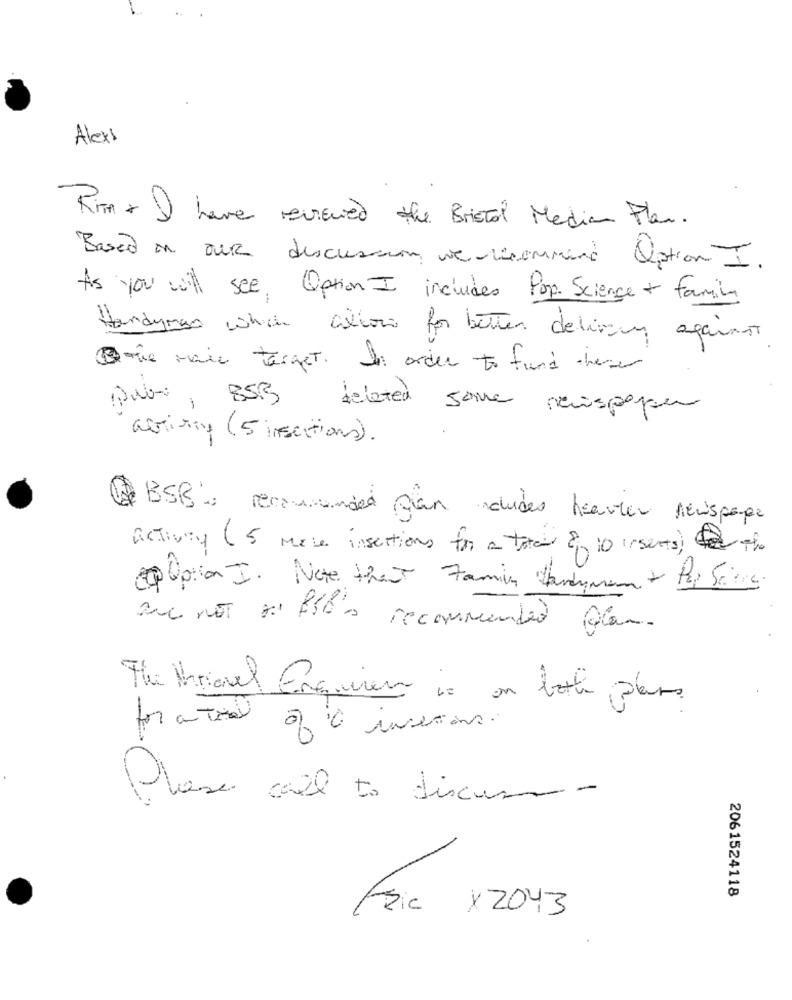
Alexs
RiTA + I have reviewed the Bristol Media Plan .
Based on our discussion we recommend Option I.
As you will see, Option I includes Pop Science + family
Handyman which allow for better delivery against
Dove mais terget. In order to find these
deleted
pubs, 85B
some newspaper
arriving (5 insections).
BSB recommended plan dudes heavier lewispage
activity (5 mase insertions for a total of
8 10 -sents) the
Option I. Note that Family Handyman + Pop Seines.
que not De Blé's recommended Olan.
The Marianel Enquien is on both plans.
for a tool of 0 insertions.
Plase mail to discuss -
2061524118
Asic × 2043